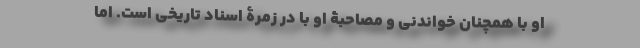
او با همچنان خواندنی و مصاحبۀ او با در زمرۀ اسناد تاریخی است. اما